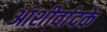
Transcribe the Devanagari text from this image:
आशीर्वादके